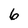
Character: 6